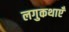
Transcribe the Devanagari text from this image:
लगुकथाएँ